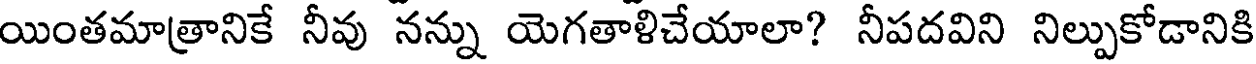
యింతమాత్రానికే నీవు నన్ను యెగతాళిచేయాలా? నీపదవిని నిల్పుకోడానికి